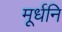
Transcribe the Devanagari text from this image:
मूर्धनि